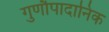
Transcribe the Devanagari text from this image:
गुणौपादानिक